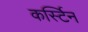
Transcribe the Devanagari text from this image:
कर्स्टिन